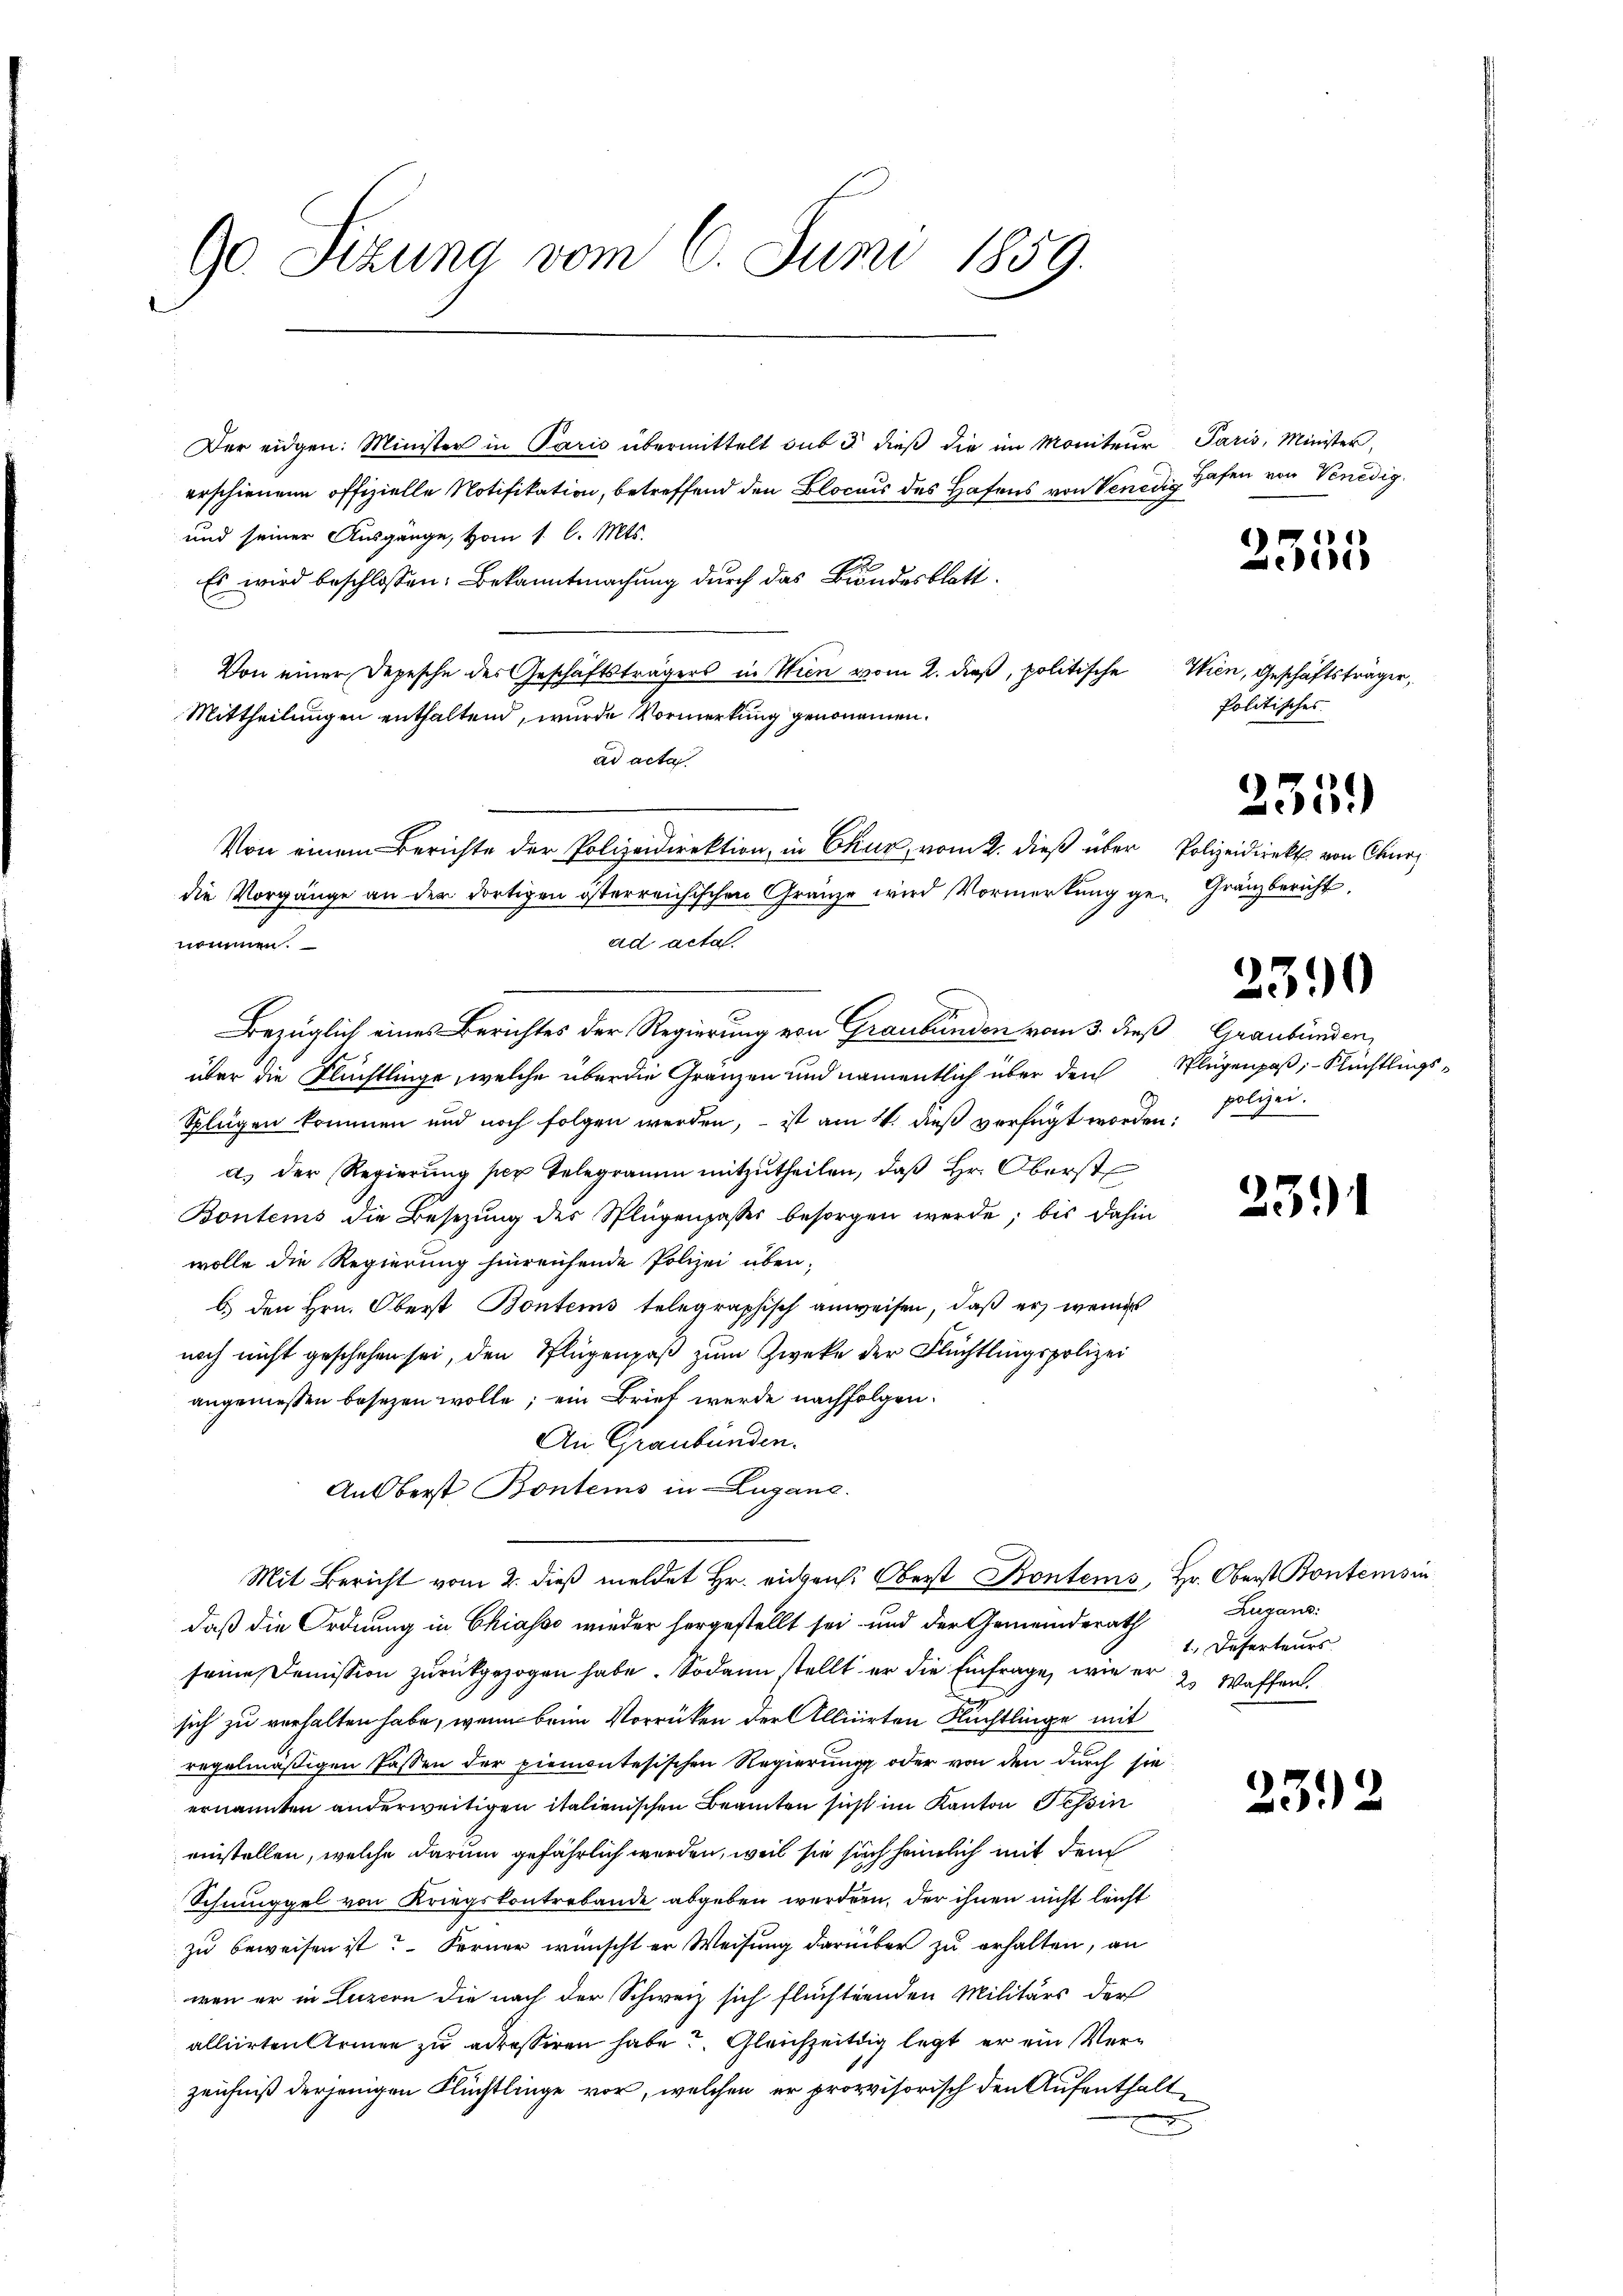
90. Sizung vom 8. Juni 1859.

Der eidgen: Minister in Paris übermittelt sub 3 dieß die im Moniteur Paris, Minister,
erschienene offizielle Notifikation, betreffend den Blocus des Hafens von Venedig Hafen von Venedig
und seiner Ausgänge, vom 1. l. Mts.
Es wird beschlossen: Bekanntmachung durch das Brandesblatt
Von einer Depesche des Geschäftsträgers in Wien vom 2. dieß, politische
Mittheilungen enthaltend, wurde Vormerkung genommen.
ad acta
die Vorgänge an der dortigen österreichischen Gränze wird Vormerkŭng ge- Gränzbericht,
ad acta
nommen.
Bezüglich eines Berichtes der Regierung von Graubünden vom 3. dieß Graubünden,
über die Flüchtlinge, welche über die Gränzen und namentlich über den Klugenpaß, Flüchtlings¬
Splügen kommen und noch folgen werden, – ist am 4. dieß verfügt worden:
d) der Regierŭng per Telegramm mitzŭtheilen, daβ hr. Oberst
Bontens die Besetzung des Splügenpasses besorgen werde; bis dahin
wolle die Regierung hinreichende Polizei überb.) den Hrn. Oberst Bontens telegraphisch anweisen, daß er wenins
noch nicht geschehen sei, den Pflügenpaß zum Zwecke der Flüchtlingspolizei
angemessen besetzen wolle; ein Brief werde nachfolgen.
An Graubünden.
Anoberst Bontems in Lugane.
Mit Bericht vom 2. dieß meldet Hr. eigen: Oberst Kontems, Hr. Oberst Bontensin
daß die Ordnung in Chiasso wieder hergestellt sei und der Gemeinderath
seine Comission zurückgezogen habe. Sodann stellt er die Einfrage, wie er 2 Waffen
u
sich zu verhalten habe, wenn beim Vorrücken der Allicirten Flüchtlinge mit
regelmäßigen Passen der piemontesischen Regierung oder von den durch sie
ernannten anderweitigen italienischen Beamten sicht im Kanton Tessin
einstellen, welche darum gefährlich werden, weil sie such heimlich mit dem
Schmuggel von Kriegskonterbande abgeben werden, der ihnen nicht leicht
zu beweisen ist? Ferner wünscht er Weisung darüber zu erhalten, an
wen er in Luzion die nach der Schweiz sich flüchtenden Militärs der
alliirten Armen zu adressiren habe u. Gleichzeitig legt er ein Verzeichniß derjenigen Flüchtlinge vor, welchen er provisorisch den Aufenthalt¬

Von einem Berichte der Polizeidirektion, in Chur, vom 2. dieß über Polizeidirekt von Churz

2355

Wien, Geschäftsträger,
Politisches.

23.)

235.

2390

polizei.

Zugand:
1. Deserteurs

23.)